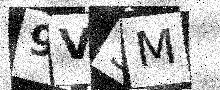
Text: 9V3M